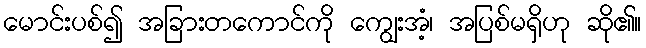
မောင်းပစ်၍ အခြားတကောင်ကို ကျွေးအံ့၊ အပြစ်မရှိဟု ဆို၏။